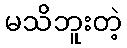
မသိဘူးတဲ့